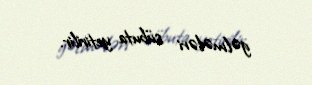
gəlmələri sübuta yetirilir.